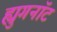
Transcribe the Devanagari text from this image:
ह्युगनॉट